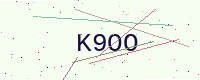
Text: K9OO